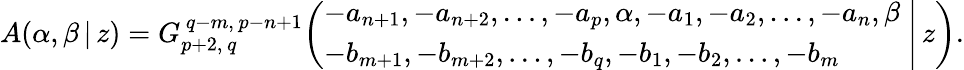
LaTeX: A(\alpha,\beta\, |\, z)=G_{p+2,\, q}^{\, q-m,\, p-n+1}\! \left(\left.{\begin{array}{l}{-a_{n+1},-a_{n+2},\dots,-a_{p},\alpha,-a_{1},-a_{2},\dots,-a_{n},\beta}\\ {-b_{m+1},-b_{m+2},\dots,-b_{q},-b_{1},-b_{2},\dots,-b_{m}}\end{array}}\; \right|\, z\right).